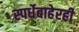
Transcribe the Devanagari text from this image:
स्पर्धेबाहेरही